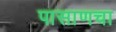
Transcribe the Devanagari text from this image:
पासाणचा